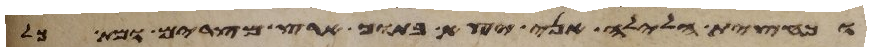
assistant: וכחצית הלילה אני יצא בתוך ארץ מצרים ומת כל